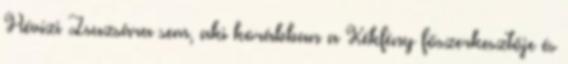
Hévízi Zsuzsára sem, aki korábban a Kékfény főszerkesztője és